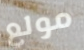
مولع